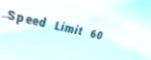
Speed Limit 60